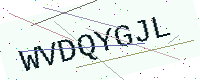
Text: WVDQYGJL